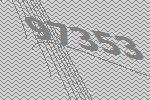
97353